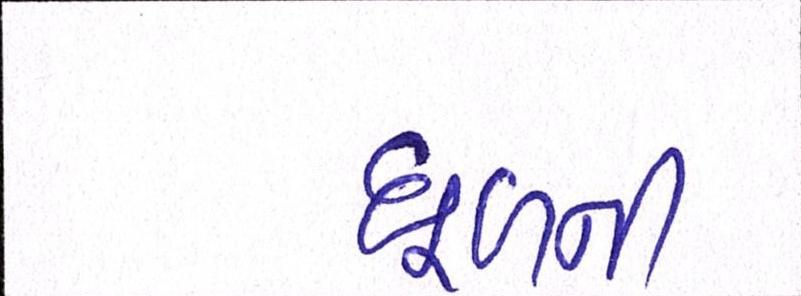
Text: ધૂળની